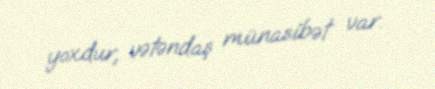
yoxdur, vətəndaş münasibət var.